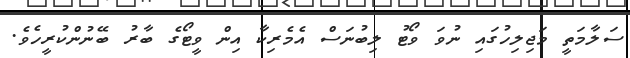
ސަލާމަތީ މަޖިލިހުގައި ނުވަ ވޯޓު ލިބުނަސް އެމެރިކާ އިން ވީޓޯގެ ބާރު ބޭނުންކުރީހެވެ.